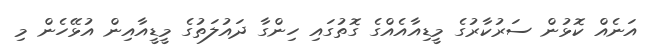
އަނެއް ކޮޅުން ސަރުކާރުގެ މީޑިއާއެއްގެ ގޮތުގައި ހިންގާ ދައުލަތުގެ މީޑީއާއިން އުޅޭހެން މި